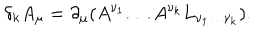
LaTeX: \delta _ { k } A _ { \mu } = \partial _ { \mu } ( A ^ { \nu _ { 1 } } \ldots A ^ { \nu _ { k } } L _ { \nu _ { 1 } \ldots \nu _ { k } } ) .